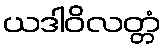
ယဒါဝိလတ္တံ